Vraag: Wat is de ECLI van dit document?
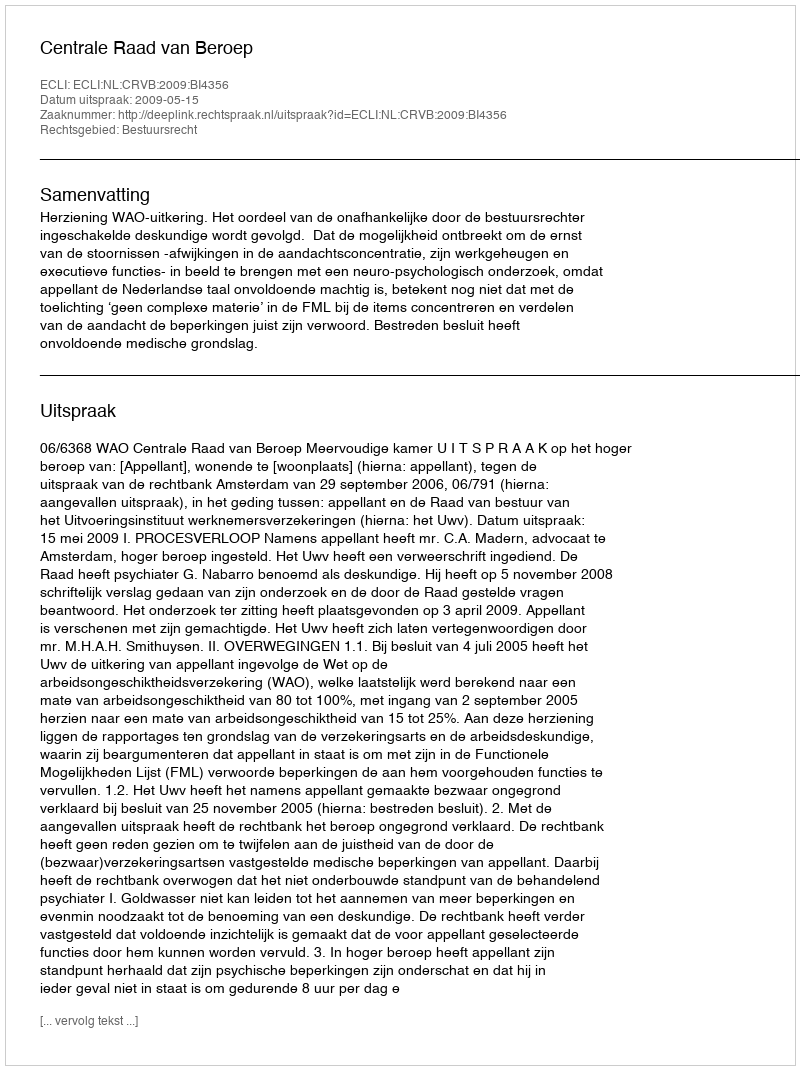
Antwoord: ECLI:NL:CRVB:2009:BI4356